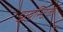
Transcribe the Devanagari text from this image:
डायस्टिक